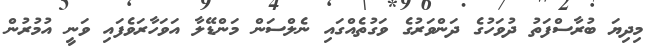
މިދިޔަ ބުރާސްފަތު ދުވަހުގެ ދަންވަރުގެ ވަގުތެއްގައި ނެލްސަން މަންޑޭލާ އަވަހާރަވެފައި ވަނީ އުމުރުން